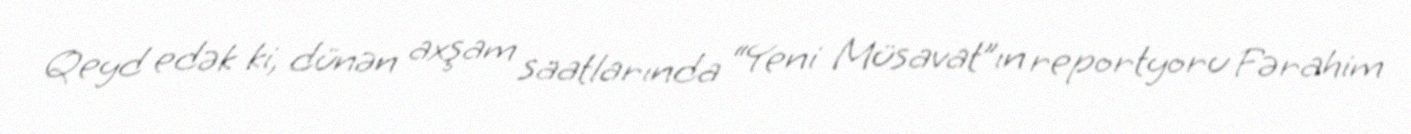
Qeyd edək ki, dünən axşam saatlarında “Yeni Müsavat”ın reportyoru Fərahim